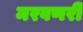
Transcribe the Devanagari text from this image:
मरवणरी